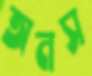
অনস